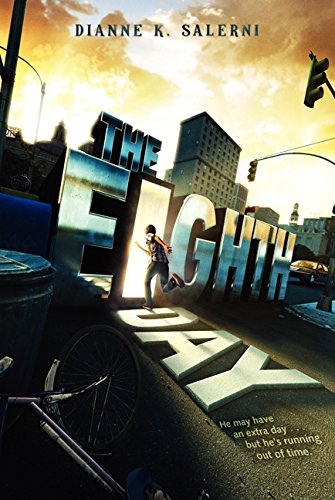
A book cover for The Eighth Day; Dianne K. Salerni; Children's Books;